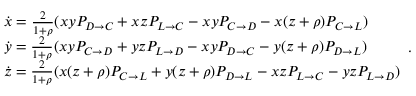
\begin{array} { l } { \dot { x } = \frac { 2 } { 1 + \rho } ( x y P _ { D \to C } + x z P _ { L \to C } - x y P _ { C \to D } - x ( z + \rho ) P _ { C \to L } ) } \\ { \dot { y } = \frac { 2 } { 1 + \rho } ( x y P _ { C \to D } + y z P _ { L \to D } - x y P _ { D \to C } - y ( z + \rho ) P _ { D \to L } ) } \\ { \dot { z } = \frac { 2 } { 1 + \rho } ( x ( z + \rho ) P _ { C \to L } + y ( z + \rho ) P _ { D \to L } - x z P _ { L \to C } - y z P _ { L \to D } ) } \end{array} .